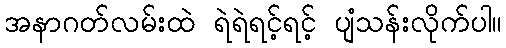
အနာဂတ်လမ်းထဲ ရဲရဲရင့်ရင့် ပျံသန်းလိုက်ပါ။